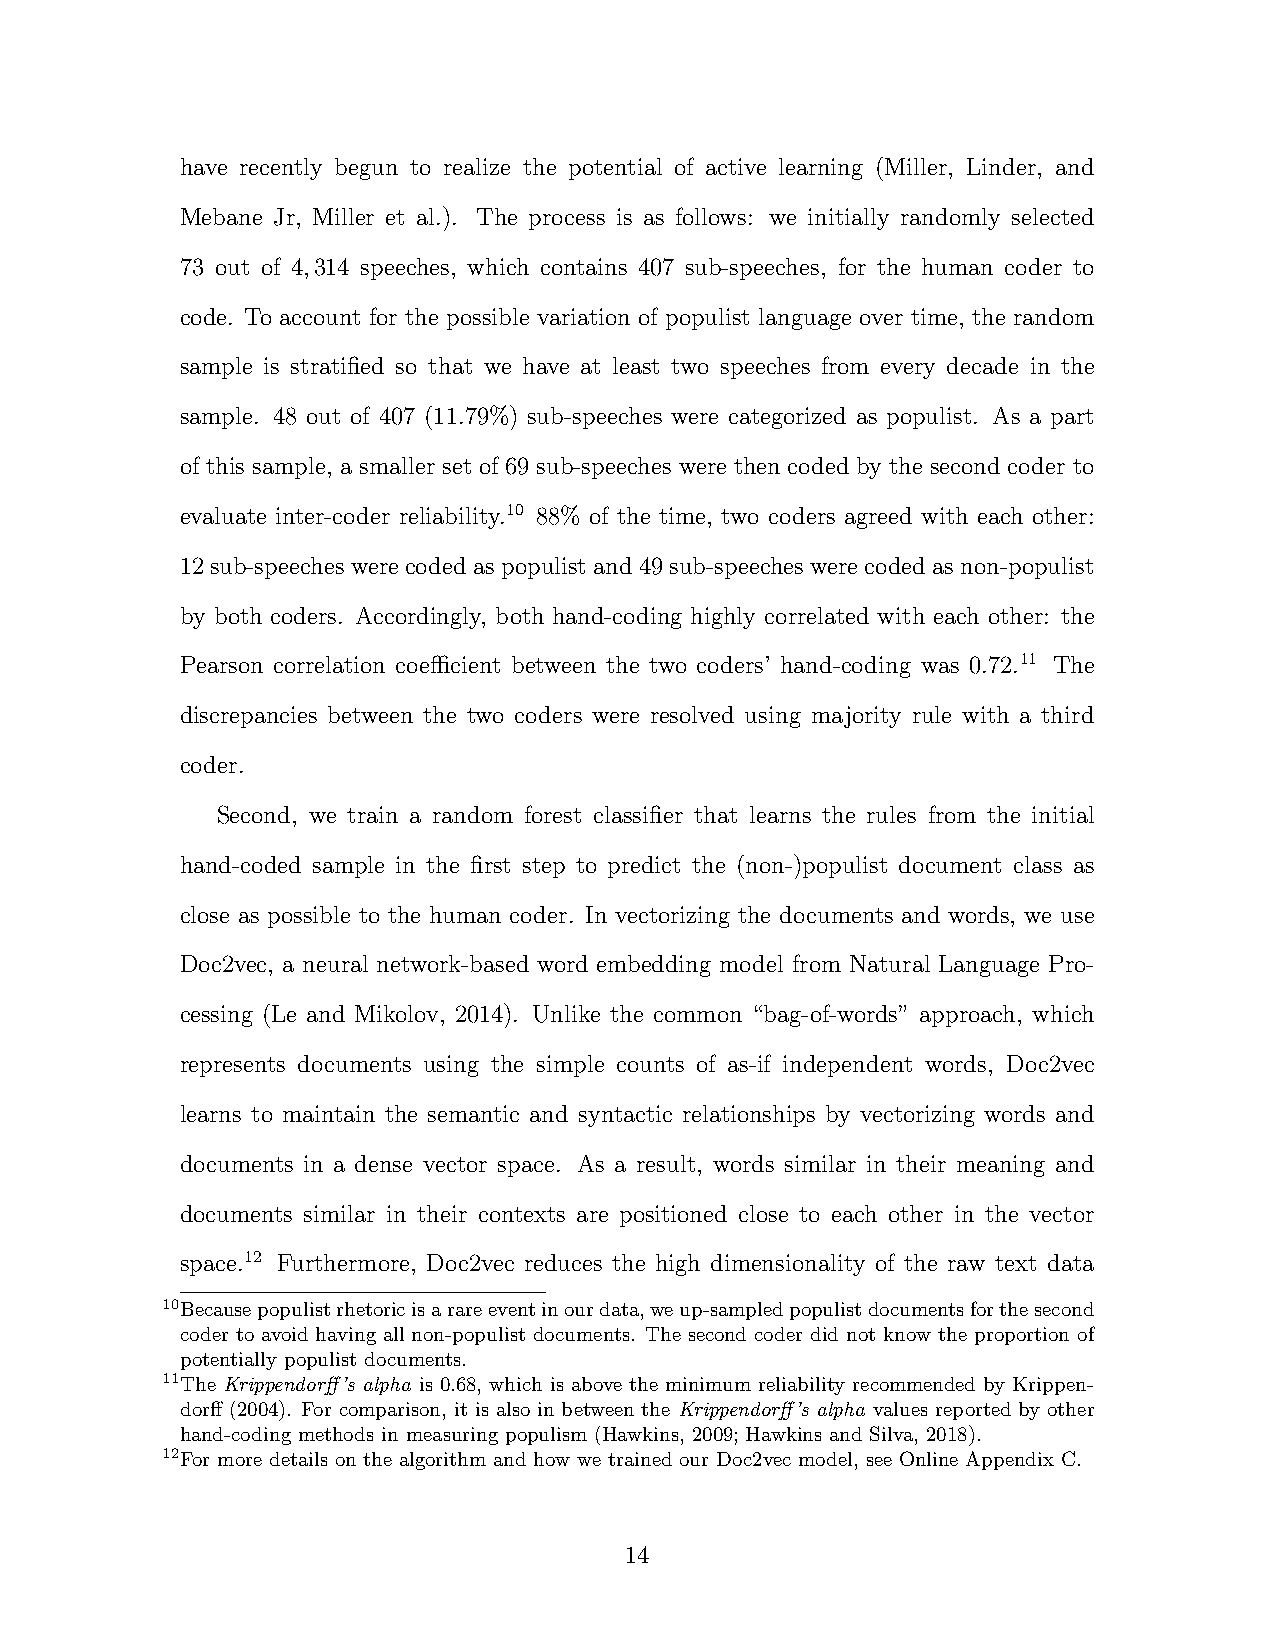
have recently begun to realize the potential of active learning (Miller, Linder, and
 Mebane Jr, Miller et al.). The process is as follows: we initially randomly selected
 73 out of 4,314 speeches, which contains 407 sub-speeches, for the human coder to
 code. To account for the possible variation of populist language over time, the random
 sample is stratified so that we have at least two speeches from every decade in the
 sample. 48 out of 407 (11.79%) sub-speeches were categorized as populist. As a part
 of this sample, a smaller set of 69 sub-speeches were then coded by the second coder to
 evaluate inter-coder reliability.10 88% of the time, two coders agreed with each other:
 12 sub-speeches were coded as populist and 49 sub-speeches were coded as non-populist
 by both coders. Accordingly, both hand-coding highly correlated with each other: the
 Pearson correlation coefficient between the two coders’ hand-coding was 0.72.11 The
 discrepancies between the two coders were resolved using majority rule with a third
 coder.
 Second, we train a random forest classifier that learns the rules from the initial
 hand-coded sample in the first step to predict the (non-)populist document class as
 close as possible to the human coder. In vectorizing the documents and words, we use
 Doc2vec, a neural network-based word embedding model from Natural Language Pro-
 cessing (Le and Mikolov, 2014). Unlike the common “bag-of-words” approach, which
 represents documents using the simple counts of as-if independent words, Doc2vec
 learns to maintain the semantic and syntactic relationships by vectorizing words and
 documents in a dense vector space. As a result, words similar in their meaning and
 documents similar in their contexts are positioned close to each other in the vector
 space.12 Furthermore, Doc2vec reduces the high dimensionality of the raw text data
 10Becausepopulistrhetoricisarareeventinourdata,weup-sampledpopulistdocumentsforthesecond
 coder to avoid having all non-populist documents. The second coder did not know the proportion of
 potentially populist documents.
 11The Krippendorff’s alpha is 0.68, which is above the minimum reliability recommended by Krippen-
 dorff (2004). For comparison, it is also in between the Krippendorff’s alpha values reported by other
 hand-coding methods in measuring populism (Hawkins, 2009; Hawkins and Silva, 2018).
 12For more details on the algorithm and how we trained our Doc2vec model, see Online Appendix C.
 14